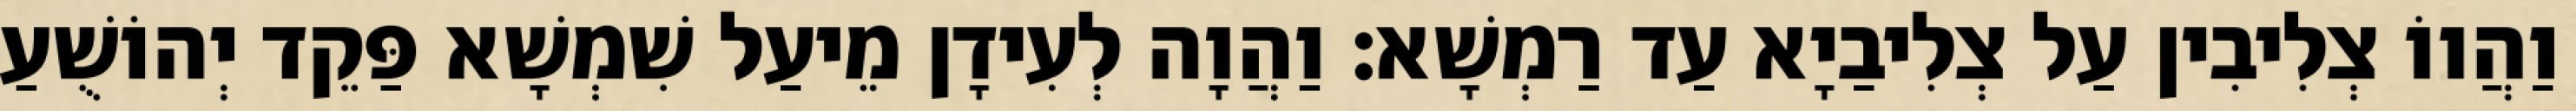
וַהֲווֹ צְלִיבִין עַל צְלִיבַיָא עַד רַמְשָׁא׃ וַהֲוָה לְעִידָן מֵיעַל שִׁמְשָׁא פַּקֵד יְהוֹשֻׁעַ